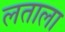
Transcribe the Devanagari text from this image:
लताला